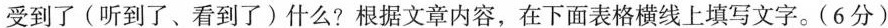
受到了(听到了、看到了)什么?根据文章内容，在下面表格横线上填写文字。（6分）